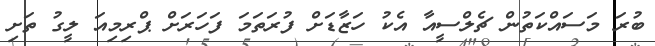
ބުރަ މަސައްކަތުން ޗެލްސީއާ އެކު ހަޒާޑަށް ފުރަތަމަ ފަހަރަށް ޕްރިމިއަ ލީގު ތަށި